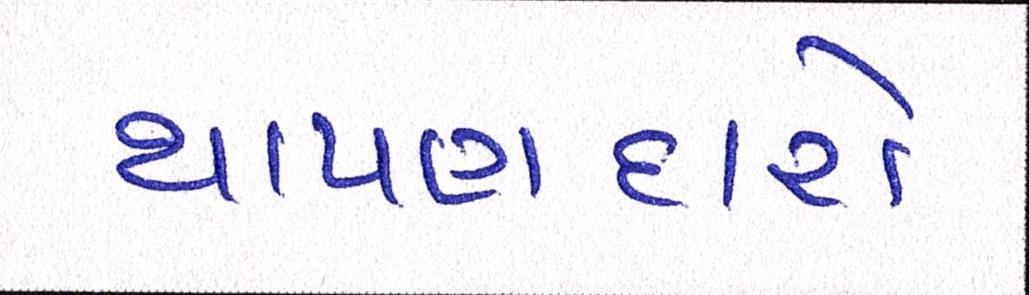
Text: થાપણદારો